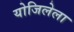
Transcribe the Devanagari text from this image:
योजिलेला